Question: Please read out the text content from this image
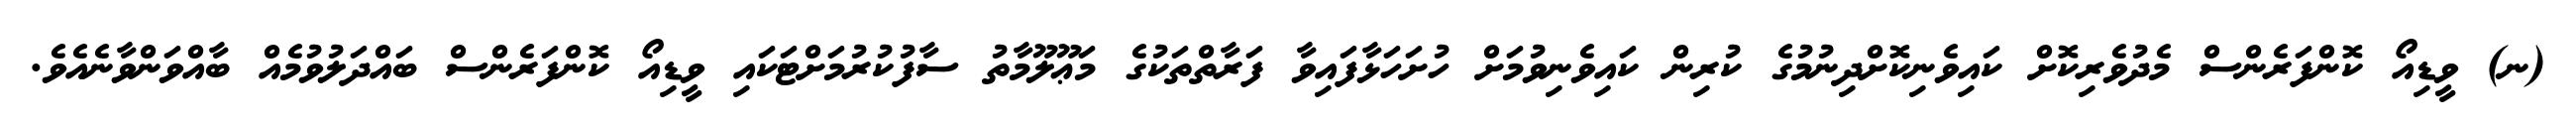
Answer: (ނ) ވީޑިއޯ ކޮންފަރެންސް މެދުވެރިކޮށް ކައިވެނިކޮށްދިނުމުގެ ކުރިން ކައިވެނިވުމަށް ހުށަހަޅާފައިވާ ފަރާތްތަކުގެ މަޢޫލޫމާތު ސާފުކުރުމަށްޓަކައި ވީޑިއޯ ކޮންފަރެންސް ބައްދަލުވުމެއް ބާއްވަންވާނެއެވެ.